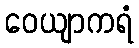
ဝေယျာကရံ